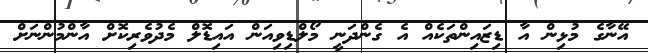
އޭނާގެ މުޅިން އާ ޑިޒައިންތަކެއް އެ ގެންދަނީ މޯލްޑިވިއަން އައިޑޮލް މެދުވެރިކޮށް އާންމުންނަށް